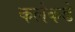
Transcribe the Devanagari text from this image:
कलेकडे